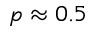
p \approx 0 . 5